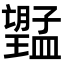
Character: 𭩔